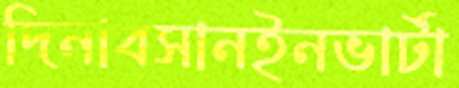
দিনাবসানইনভার্টা